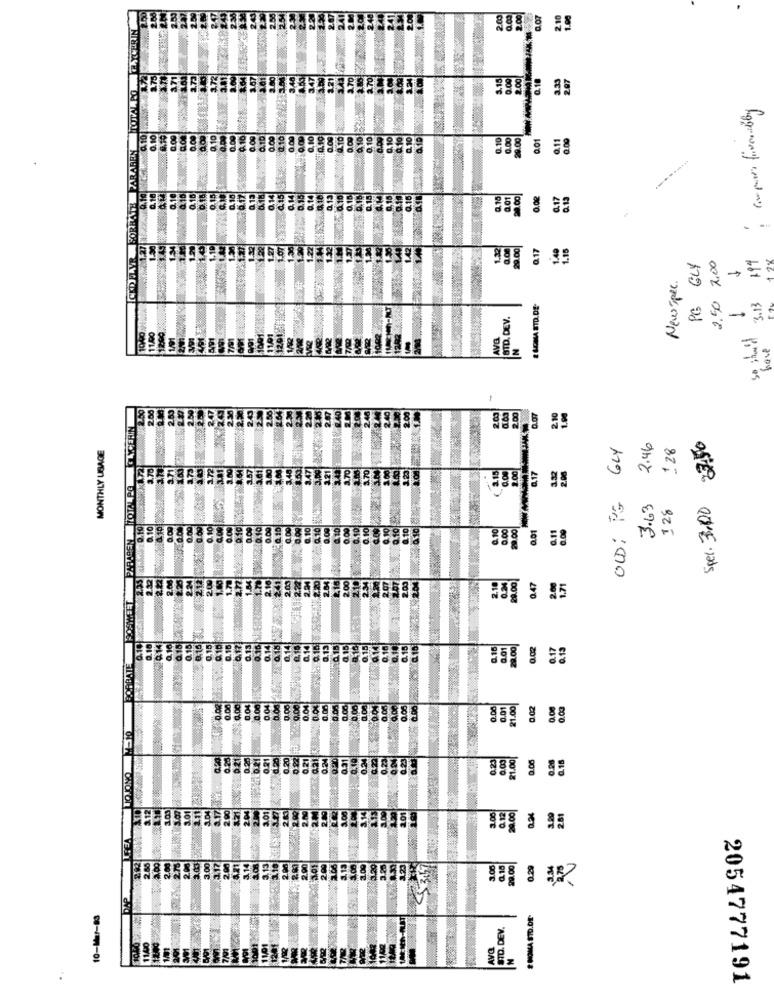
2.00
0.00
2.00
0.07
2.10
0.00
2.00
0.18
287
a 10
0.10
0.00
0.10
0.10
0.00
20.00
BAREN
FORBATH
2.01
0.17
.13
- -
29.00
0.17
1.15
PG GLY
2,50 7,00
199
New spec.
1
3.13
# UMA STD.DE
STD. DEV.
1000
AVE
so showed
N
have
-
2.00
2.00
0.07
MONTHLY USAGE
604
2.46
1 28
37,50
----
0,17
TOTALPO
OLD: PG
3.63
128
Sper. 3,00
0.00
29.00
0.01
a.11
0.00
2,19
29.00
0.47
2.00
1.71
0.14
0.16
0.01
29.00
0.02
0.17
0.13
BORBATE
0.00
0.08
0.01
21.00|
0.02
0.00
0.00
TOJONO MEIO
0.23
21.00
0.28
0.15
112
0.12
29.00
281
FEA
53.57
3.00
0.15
0.29
2.75
10-Mar-83
# MOMA STO.OF
STD. DEV.
AVQ
2054777191